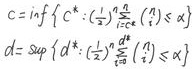
\[
\begin{align*}
c&=\inf\{ c^{k}:(\frac{1}{2})^{\frac{n}{2}}\frac{d^{n}}{dt^{n}}(\frac{1}{t})^{\alpha}\leq c^{k}\}\\
d&=\sup\{ d^{k}:(\frac{1}{2})^{\frac{n}{2}}\frac{d^{n}}{dt^{n}}(\frac{1}{t})^{\alpha}\geq d^{k}\}
\end{align*}
\]